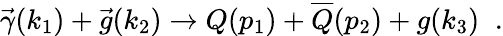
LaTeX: \vec{\gamma}(k_{1})+\vec{g}(k_{2})\rightarrow Q(p_{1})+\overline{{{Q}}}(p_{2})+g(k_{3})\; \; .